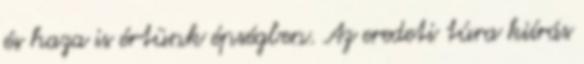
és haza is értünk épségben. Az eredeti túra kiírás